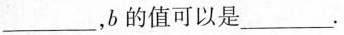
___，b的值可以是___.